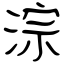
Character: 淙